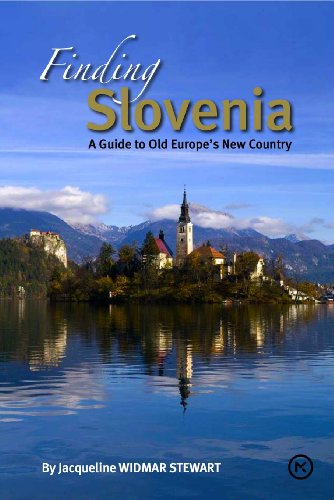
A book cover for Finding Slovenia: A Guide to Old Europe's New Country; Jacqueline Widmar Stewart; Travel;